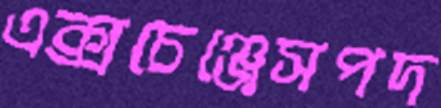
এক্সচেঞ্জেসপদ